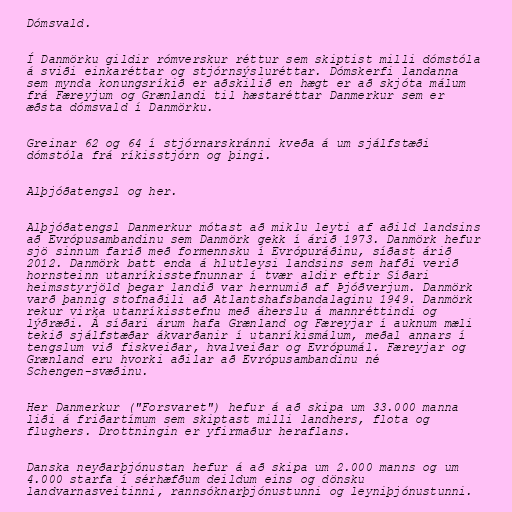
Dómsvald.

Í Danmörku gildir rómverskur réttur sem skiptist milli dómstóla
á sviði einkaréttar og stjórnsýsluréttar. Dómskerfi landanna
sem mynda konungsríkið er aðskilið en hægt er að skjóta málum
frá Færeyjum og Grænlandi til hæstaréttar Danmerkur sem er
æðsta dómsvald í Danmörku.

Greinar 62 og 64 í stjórnarskránni kveða á um sjálfstæði
dómstóla frá ríkisstjórn og þingi.

Alþjóðatengsl og her.

Alþjóðatengsl Danmerkur mótast að miklu leyti af aðild landsins
að Evrópusambandinu sem Danmörk gekk í árið 1973. Danmörk hefur
sjö sinnum farið með formennsku í Evrópuráðinu, síðast árið
2012. Danmörk batt enda á hlutleysi landsins sem hafði verið
hornsteinn utanríkisstefnunnar í tvær aldir eftir Síðari
heimsstyrjöld þegar landið var hernumið af Þjóðverjum. Danmörk
varð þannig stofnaðili að Atlantshafsbandalaginu 1949. Danmörk
rekur virka utanríkisstefnu með áherslu á mannréttindi og
lýðræði. Á síðari árum hafa Grænland og Færeyjar í auknum mæli
tekið sjálfstæðar ákvarðanir í utanríkismálum, meðal annars í
tengslum við fiskveiðar, hvalveiðar og Evrópumál. Færeyjar og
Grænland eru hvorki aðilar að Evrópusambandinu né
Schengen-svæðinu.

Her Danmerkur ("Forsvaret") hefur á að skipa um 33.000 manna
liði á friðartímum sem skiptast milli landhers, flota og
flughers. Drottningin er yfirmaður heraflans.

Danska neyðarþjónustan hefur á að skipa um 2.000 manns og um
4.000 starfa í sérhæfðum deildum eins og dönsku
landvarnasveitinni, rannsóknarþjónustunni og leyniþjónustunni.